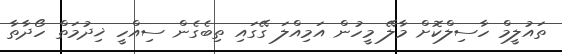
ތައުލީމް ހާސިލްކޮށް މާލޭ މީހުން އަމިއްލަ ގޭގައި ތިބެގެން ސިއްހީ ޚިދުމަތް ހޯދާތާ